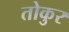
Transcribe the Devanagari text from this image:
तोकुर